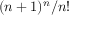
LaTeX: ( n + 1 ) ^ { n } / n !